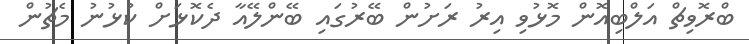
ބްރޮވިޗް އަލްބިއޮން މޮޅުވި އިރު ރަށުން ބޭރުގައި ބޭންލޭއާ ދެކޮޅަށް ކުޅުނު މެޗުން